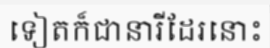
ទៀតក៏ជានារីដែរនោះ